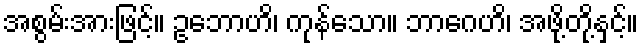
အစွမ်းအားဖြင့်။ ဥဘောဟိ၊ ကုန်သော။ ဘာဂေဟိ၊ အဖို့တို့နှင့်။